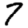
Digit: 7